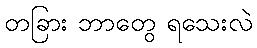
တခြား ဘာတွေ ရသေးလဲ